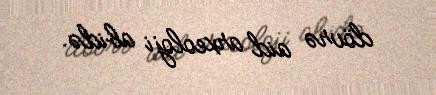
dövrə aid arxeoloji abidə.